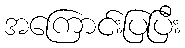
အကြောင်းပြပြီး